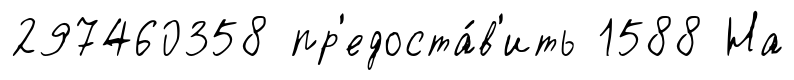
297460358 пр'едоста́в'ить 1588 На